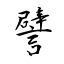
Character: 譬